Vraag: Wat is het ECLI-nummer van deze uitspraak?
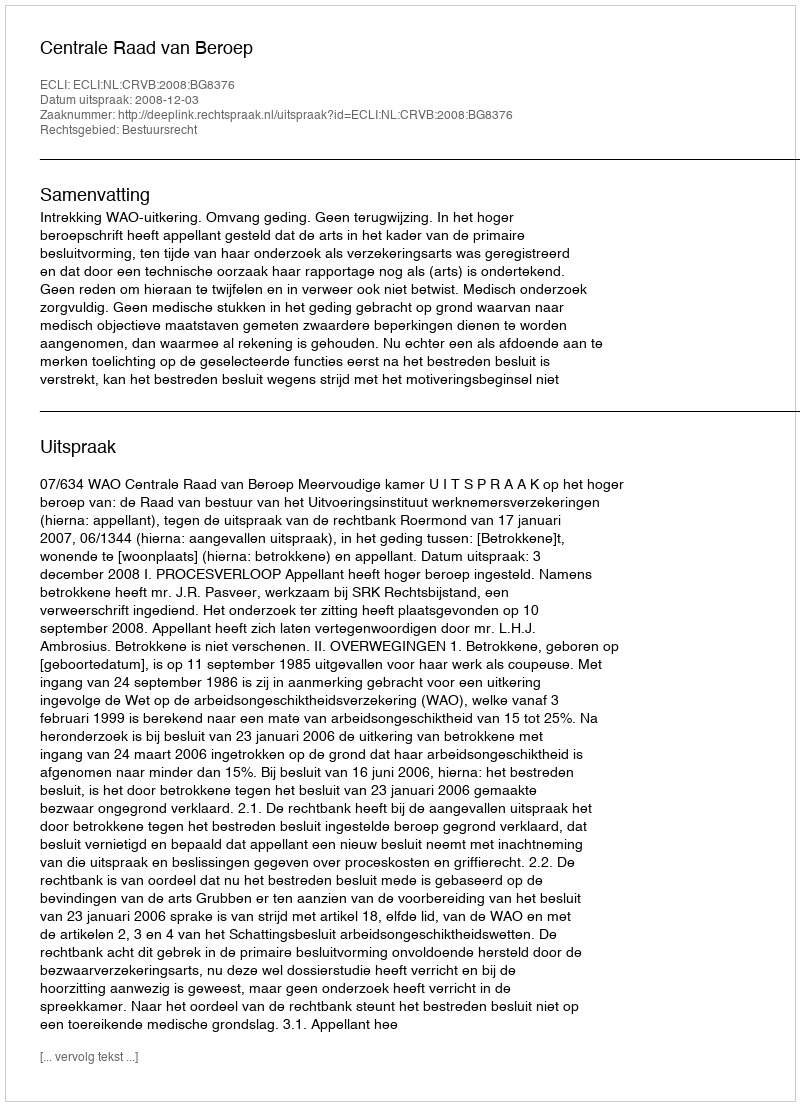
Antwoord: ECLI:NL:CRVB:2008:BG8376